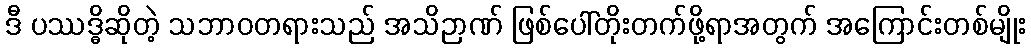
ဒီ ပဿဒ္ဓိဆိုတဲ့ သဘာဝတရားသည် အသိဉာဏ် ဖြစ်ပေါ်တိုးတက်ဖို့ရာအတွက် အကြောင်းတစ်မျိုး